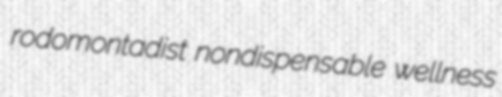
rodomontadist nondispensable wellness